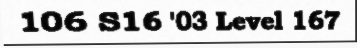
106 S16 '03 Level 167